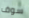
سوف